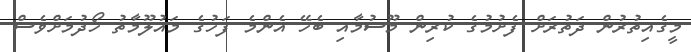
މީގެއިތުރުން ދަތުރަށް ފެށުމުގެ ކުރިން މޫސުމާއި ބެހޭ އެންމެ ފަހުގެ މައުލޫމާތު ހޯދުމަށްވެސް